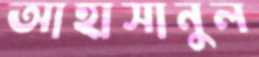
আহাসানুল